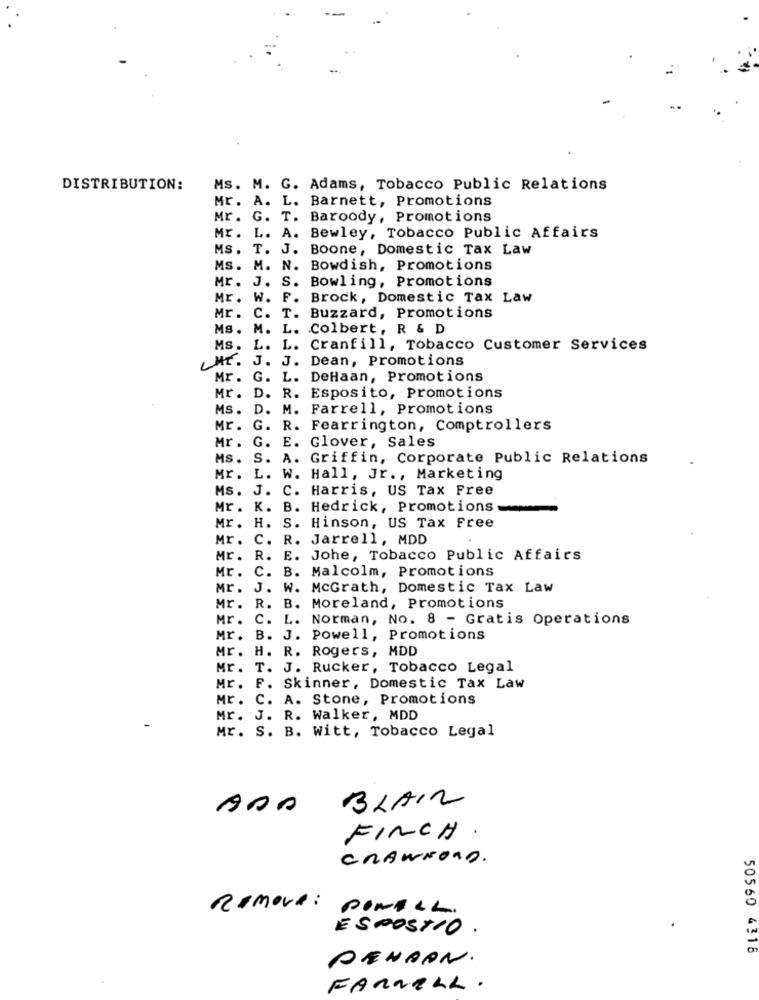
DISTRIBUTION:
Ms. M. G. Adams, Tobacco Public Relations
Mr. A. L. Barnett, Promotions
Mr. G. T. Baroody, Promotions
Mr. L. A. Bewley, Tobacco Public Affairs
Ms. T. J. Boone, Domestic Tax Law
Ms. M. N. Bowdish, Promotions
Mr. J. S.
Bowling, Promotions
ME.
W. F.
Brock, Domestic Tax Law
Mr .
C. T.
Buzzard, Promotions
MS .
M. L.
Colbert, R & D
MS.
L.
L.
Cranfill, Tobacco Customer Services
HI. J .
J.
Dean, Promotions
Mr . G.
L.
DeHaan, Promotions
Mr.
D.
R.
Esposito, Promotions
Ms .
D.
M. Farrell, Promotions
Mr.
G.
R. Fearrington, Comptrollers
Mr .
G. E. Glover, Sales
MS.
S. A. Griffin, Corporate Public Relations
Mr. L. W. Hall, Jr ., Marketing
Ms. J. C. Harris, US Tax Free
Mr. K. B. Hedrick, Promotions
Mr. H. S. Hinson, US Tax Free
Mr. C. R. Jarrell, MDD
Mr. R. E. Johe, Tobacco Public Affairs
Mr. C. B. Malcolm, Promotions
Mr.
J. W. McGrath, Domestic Tax Law
Mr.
R. B. Moreland, Promotions
Mr.
c.
L.
Norman, No. 8 - Gratis Operations
Mr. B. J. Powell, Promotions
Mr. H. R. Rogers, MDD
Mr. T. J. Rucker, Tobacco Legal
Mr. F. Skinner, Domestic Tax Law
Mr. C. A. Stone, Promotions
Mr. J. R. Walker, MDD
Mr. S. B. Witt, Tobacco Legal
BLAIR
ADA
FINCH .
CRAWFORD.
REMOVE: PONALL.
ESPOSTIO .
PENDON.
50560 4318
FARNELL.